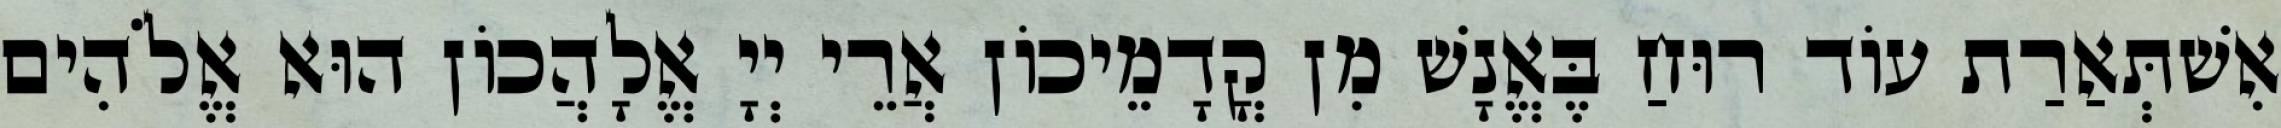
אִשׁתְּאַרַת עוֹד רוּחַ בֶּאֱנָשׁ מִן קֳדָמֵיכוֹן אֲרֵי יְיָ אֱלָהֲכוֹן הוּא אֱלֹהִים